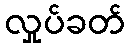
လှုပ်ခတ်